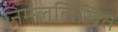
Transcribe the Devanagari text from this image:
निम्न्ललिखित